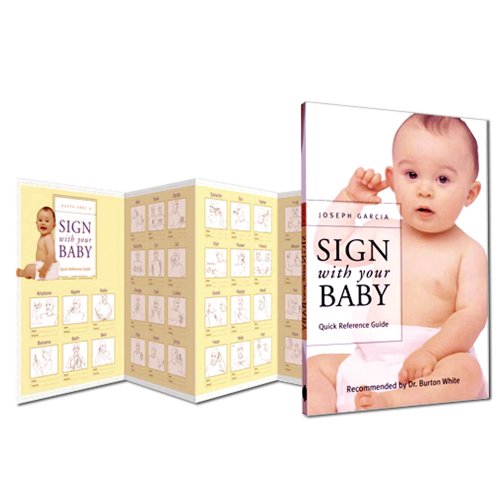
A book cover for Sign with your Baby: ASL Quick Reference Guide (Plastic Laminated - American Sign Language, English, and Spanish!) (Sign With Your Baby); Dr. Joseph Garcia; Reference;